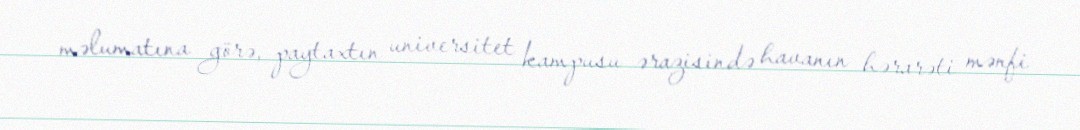
məlumatına görə, paytaxtın universitet kampusu ərazisində havanın hərarəti mənfi